Annual report of the Prince of Wales Medical College, Patna
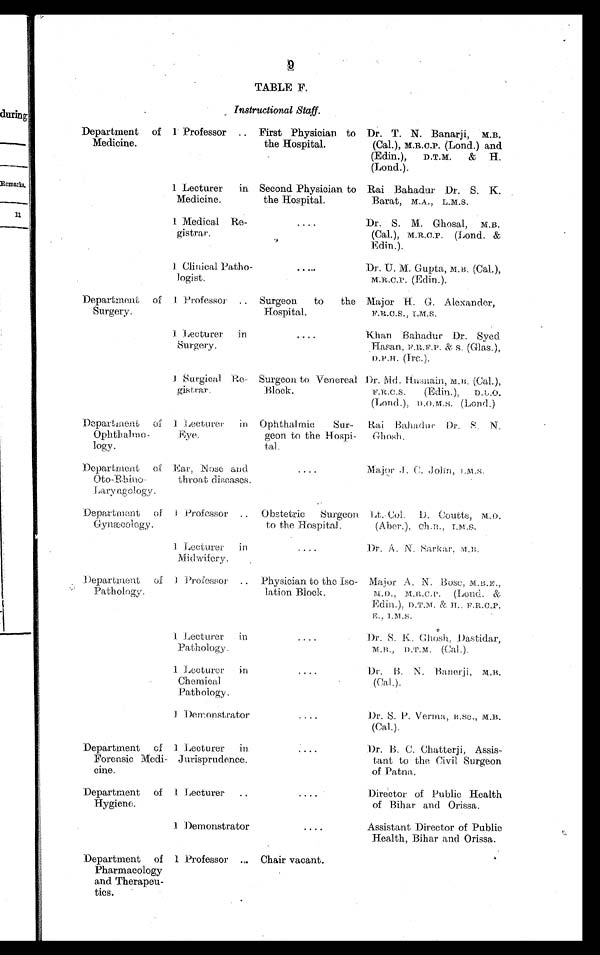
9 TABLE F.
Instructional Staff.
Department of
Medicine.
1 Professor .. First Physician to
the Hospital.
Dr. T. N. Banarji, M.B.
(Cal.), M.R.C.P. (Lond.) and
(Edin.), D.T.M. & H.
(Lond.).
1 Lecturer in
Medicine.
Second Physician to
the Hospital.
Rai Bahadur Dr. S. K.
Barat, M.A., L.M.S.
1 Medical Re-
gistrar.
....
Dr. S. M. Ghosal, M.B.
(Cal.), M.R.C.P. (Lond. &
Edin.).
1 Clinical Patho-
logist.
. . . . .
Dr. U. M. Gupta, M.B. (Cal.),
M.R.C.P. (Edin.).
Department of
Surgery.
1 Professor .. Surgeon to the
Hospital.
Major H. G. Alexander,
F.R.C.S., I.M.S.
1 Lecturer in
Surgery.
. . . .
Khan Bahadur Dr. Syed
Hasan, F.R.F.P. & S. (Glas.),
D.P.H. (Ire.).
1 Surgical Re-
gistrar.
Surgeon to Venereal
Block.
Dr. Md. Husnain, M.B. (Cal.),
F.R.C.S. (Edin.), D.L.O.
(Lond.), D.O.M.S. (Lond.)
Department of
Ophthalmo-
logy.
l Lecturer in
Eye.
Ophthalmic Sur-
geon to the Hospi-
tal.
Rai Balladur Dr. S. N.
Ghosh.
Department of
Oto-Rhino-
Laryngology.
Ear, Nose and
throat diseases.
....
Major J. C. John, I.M.S.
Department of
Gynæcology.
1 P r o f e s s o r .. Obstetric Surgeon
to the Hospital.
Lt. Col. D. Coutts, M.D.
(Aber.), Ch.B., I.M.S.
1 Lecturer in
Midwifery.
. . . . Dr. A. N. Sarkar, M.B.
Department of
Pathology.
1 Professor .. Physician to the Iso-
lation Block.
Major A. N. .Bose, M.B.E.,
M.D., M.R.C.P. (Lond. &
Edin.), D.T.M. & H., F.R.C.P.
E., I.M.S.
1 Lecturer in
Pathology.
....
Dr. S. K. Ghosh, Dastidar,
M.B., D.T.M. (Cal.).
1 Lecturer in
Chemical
Pathology.
....
Dr. B. N. Banerji, M.B.
(Cal.).
1 Demonstrator
....
Dr. S. P. Verma, B.Sc., M.B.
(Cal.).
Department of
Forensic Medi-
cine.
1 Lecturer in
Jurisprudence.
. . . .
Dr. B. C. Chatterji, Assis-
tant to the Civil Surgeon
of Patna.
Department of
Hygiene.
1 Lecturer ..
. . . .
Director of Public Health
of Bihar and Orissa.
1 Demonstrator
....
Assistant Director of Public
Health, Bihar and Orissa.
Department of
Pharmacology
and Therapeu-
tics.
1 Professor ... Chair vacant.